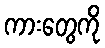
ကားတွေကို